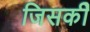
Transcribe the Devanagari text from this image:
जिसकीे